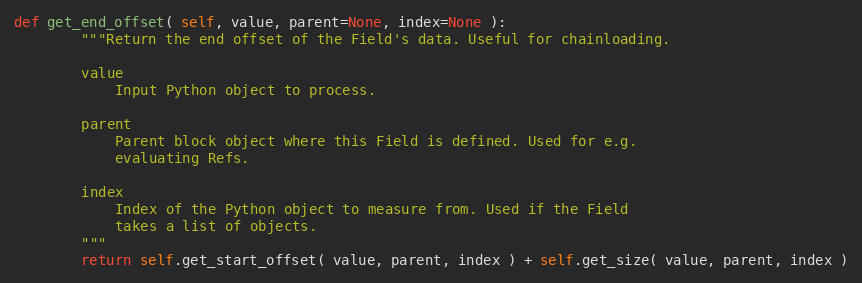
Language: Python
def get_end_offset( self, value, parent=None, index=None ):
        """Return the end offset of the Field's data. Useful for chainloading.

        value
            Input Python object to process.

        parent
            Parent block object where this Field is defined. Used for e.g.
            evaluating Refs.

        index
            Index of the Python object to measure from. Used if the Field
            takes a list of objects.
        """
        return self.get_start_offset( value, parent, index ) + self.get_size( value, parent, index )